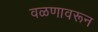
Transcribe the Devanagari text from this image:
वळणावरून